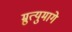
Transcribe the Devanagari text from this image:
म्रुत्युमागे